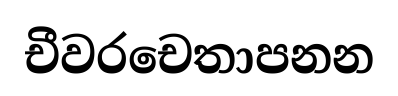
චීවරචෙතාපනන